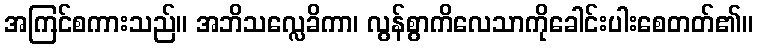
အကြင်စကားသည်။ အဘိသလ္လေခိကာ၊ လွန်စွာကိလေသာကိုခေါင်းပါးစေတတ်၏။